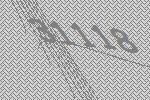
31118